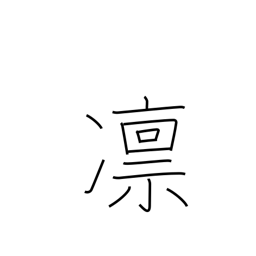
Meaning: strict